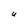
Character: U